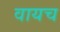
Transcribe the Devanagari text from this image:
वायच